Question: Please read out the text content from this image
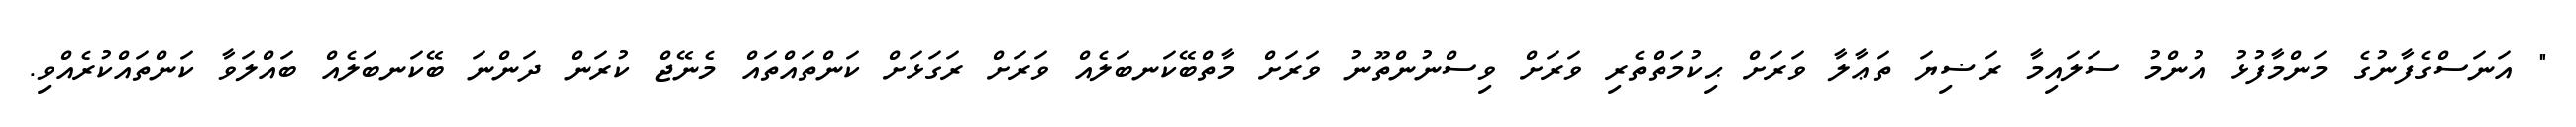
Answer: " އަނަސްގެފާނުގެ މަންމާފުޅު އުންމު ސަލައިމާ ރަޟިޔަ ތަޢާލާ ވަރަށް ޙިކުމަތްތެރި ވަރަށް ވިސްނުންތޫނު ވަރަށް މާތްބޭކަނބަލެއް ވަރަށް ރަގަޅަށް ކަންތައްތައް މެނޭޖް ކުރަން ދަންނަ ބޭކަނބަލެއް ބައްލަވާ ކަންތައްކުރެއްވި.